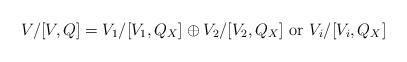
LaTeX: \begin{align*}V/[V,Q] = V_1/[V_1,Q_X]\oplus V_2/[V_2,Q_X] \mbox{ or } V_i/[V_i,Q_X]\end{align*}